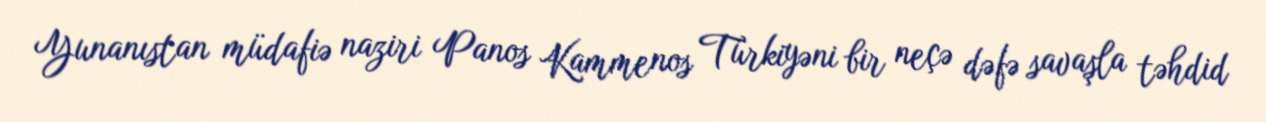
Yunanıstan müdafiə naziri Panos Kammenos Türkiyəni bir neçə dəfə savaşla təhdid